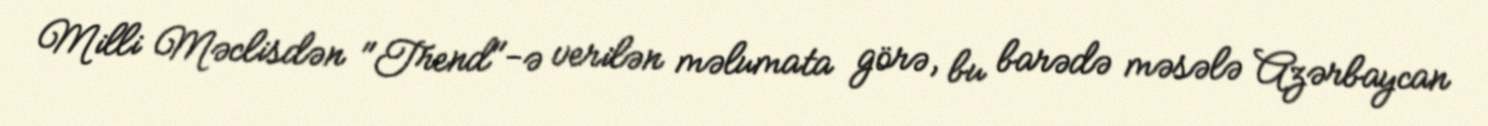
Milli Məclisdən "Trend"-ə verilən məlumata görə, bu barədə məsələ Azərbaycan